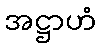
အဋ္ဌာဟံ